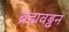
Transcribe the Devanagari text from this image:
ब्रह्मवड्ढन